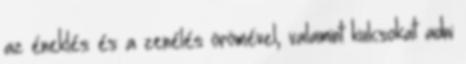
az éneklés és a zenélés örömével, valamint kulcsokat adni